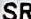
SR